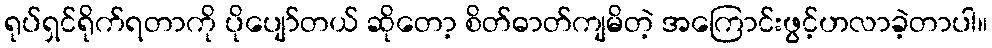
ရုပ်ရှင်ရိုက်ရတာကို ပိုပျော်တယ် ဆိုတော့ စိတ်ဓာတ်ကျမိတဲ့ အကြောင်းဖွင့်ဟလာခဲ့တာပါ။